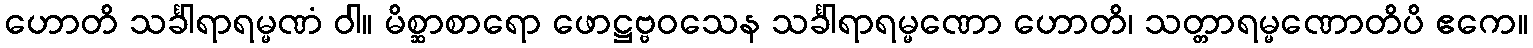
ဟောတိ သင်္ခါရာရမ္မဏံ ဝါ။ မိစ္ဆာစာရော ဖောဋ္ဌဗ္ဗဝသေန သင်္ခါရာရမ္မဏော ဟောတိ၊ သတ္တာရမ္မဏောတိပိ ဧကေ။